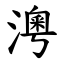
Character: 澚